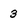
Character: 3